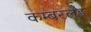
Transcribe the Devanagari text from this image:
कम्बरलँड